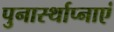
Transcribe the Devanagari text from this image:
पुनार्स्थाप्नाएं